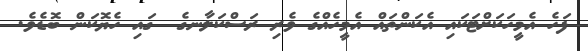
ފަހެ އެމީހަކަށްޓަކައި އެކަންތައް އެމީހެއްގެ ވެރި ރަސްކަލާނގެ  ގައި ހެޔޮކަން ބޮޑެވެ.